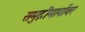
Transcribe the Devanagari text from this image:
समुद्रीमार्गावर